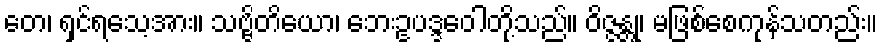
တေ၊ ရှင်ရသေ့အား။ သဗ္ဗိတိယော၊ ဘေးဥပဒ္ဒဝေါတို့သည်။ ဝိဇ္ဇန္တု၊ မဖြစ်စေကုန်သတည်း။